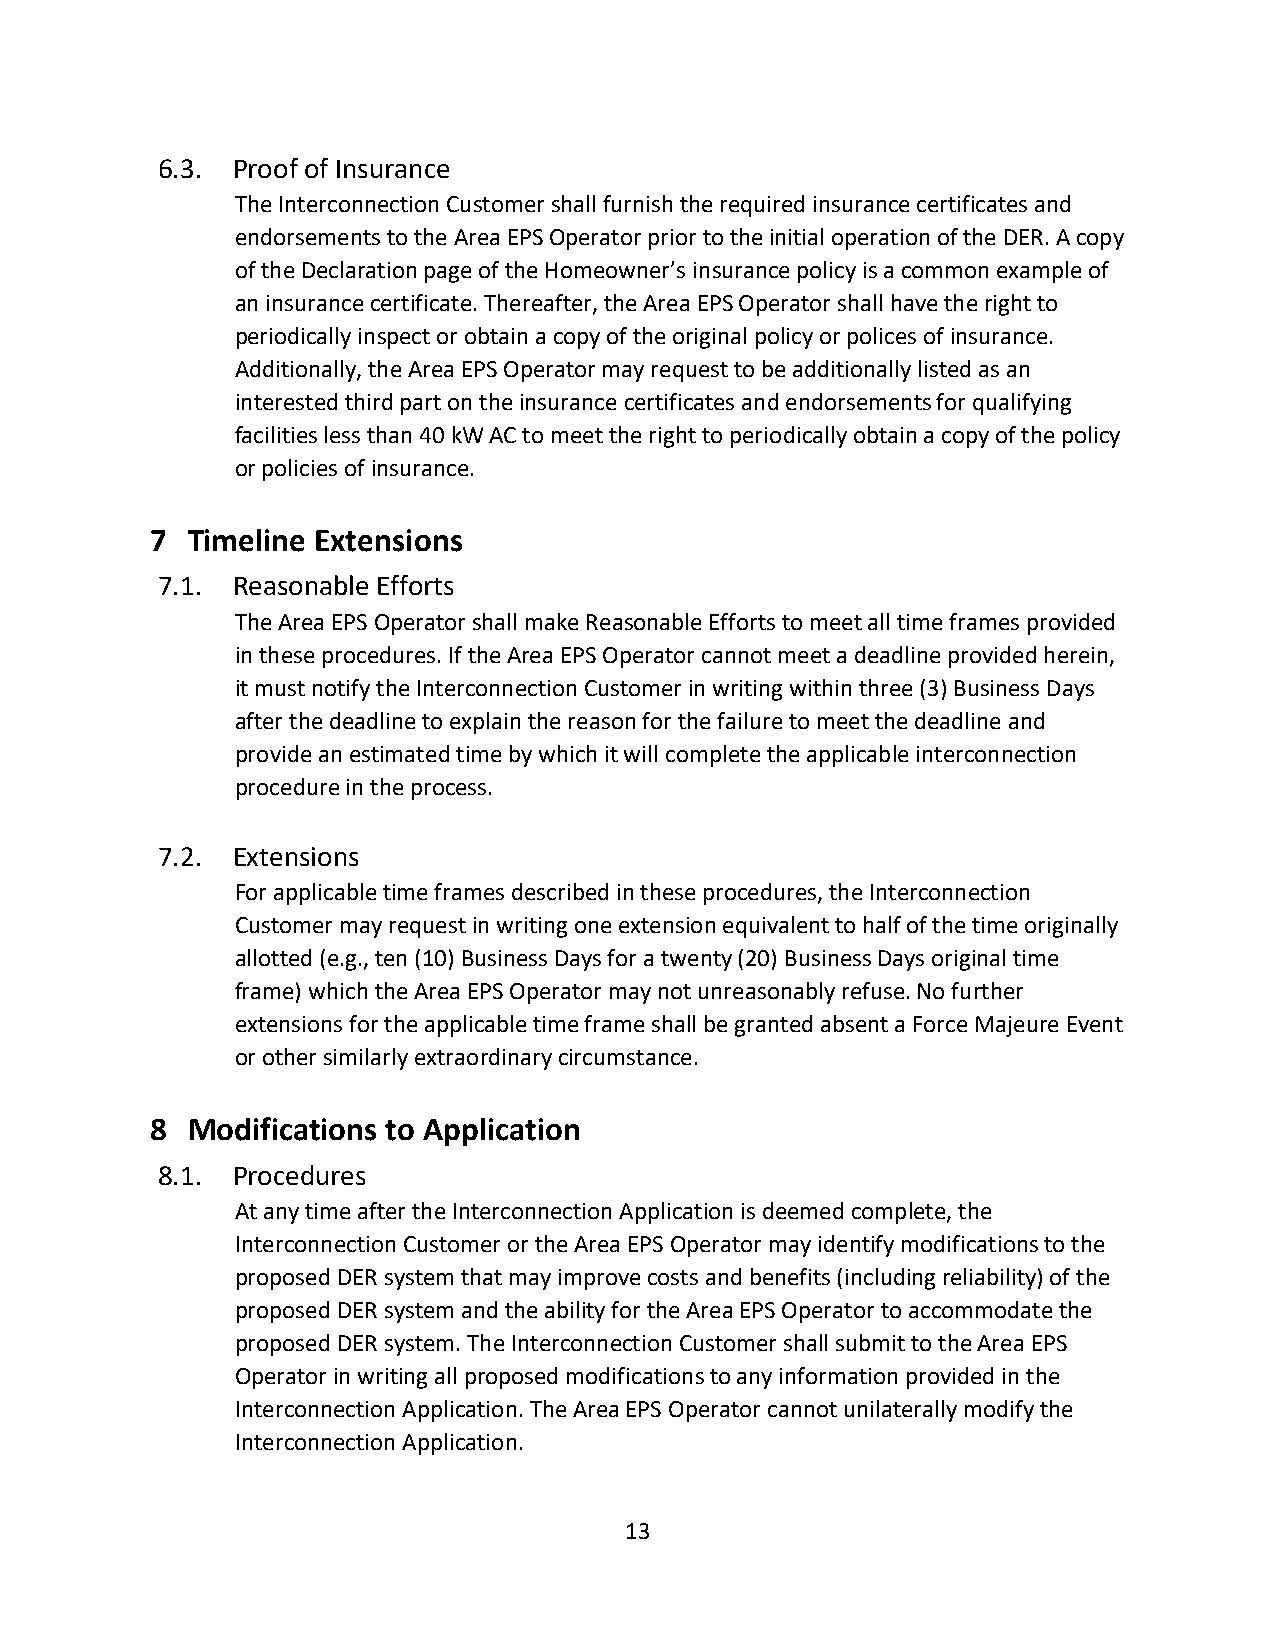
6.3. Proof of Insurance
 The Interconnection Customer shall furnish the required insurance certificates and
 endorsements to the Area EPS Operator prior to the initial operation of the DER. A copy
 of the Declaration page of the Homeowner’s insurance policy is a common example of
 an insurance certificate. Thereafter, the Area EPS Operator shall have the right to
 periodically inspect or obtain a copy of the original policy or polices of insurance.
 Additionally, the Area EPS Operator may request to be additionally listed as an
 interested third part on the insurance certificates and endorsements for qualifying
 facilities less than 40 kW AC to meet the right to periodically obtain a copy of the policy
 or policies of insurance.
 7 Timeline Extensions
 7.1. Reasonable Efforts
 The Area EPS Operator shall make Reasonable Efforts to meet all time frames provided
 in these procedures. If the Area EPS Operator cannot meet a deadline provided herein,
 it must notify the Interconnection Customer in writing within three (3) Business Days
 after the deadline to explain the reason for the failure to meet the deadline and
 provide an estimated time by which it will complete the applicable interconnection
 procedure in the process.
 7.2. Extensions
 For applicable time frames described in these procedures, the Interconnection
 Customer may request in writing one extension equivalent to half of the time originally
 allotted (e.g., ten (10) Business Days for a twenty (20) Business Days original time
 frame) which the Area EPS Operator may not unreasonably refuse. No further
 extensions for the applicable time frame shall be granted absent a Force Majeure Event
 or other similarly extraordinary circumstance.
 8 Modifications to Application
 8.1. Procedures
 At any time after the Interconnection Application is deemed complete, the
 Interconnection Customer or the Area EPS Operator may identify modifications to the
 proposed DER system that may improve costs and benefits (including reliability) of the
 proposed DER system and the ability for the Area EPS Operator to accommodate the
 proposed DER system. The Interconnection Customer shall submit to the Area EPS
 Operator in writing all proposed modifications to any information provided in the
 Interconnection Application. The Area EPS Operator cannot unilaterally modify the
 Interconnection Application.
 13